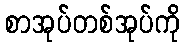
စာအုပ်တစ်အုပ်ကို